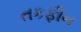
તકફીન